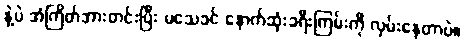
နဲ့ပဲ အံကြိတ်အားတင်းပြီး မသေခင် နောက်ဆုံးခရီးကြမ်းကို လှမ်းနေတာပဲ။